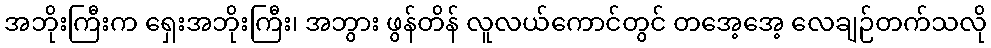
အဘိုးကြီးက ရှေးအဘိုးကြီး၊ အဘွား ဖွန်တိန် လူလယ်ကောင်တွင် တအေ့အေ့ လေချဉ်တက်သလို